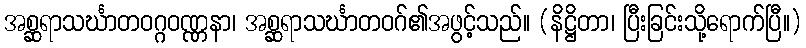
အစ္ဆရာသင်္ဃာတဝဂ္ဂဝဏ္ဏနာ၊ အစ္ဆရာသင်္ဃာတဝဂ်၏အဖွင့်သည်။ (နိဋ္ဌိတာ၊ ပြီးခြင်းသို့ရောက်ပြီ။)